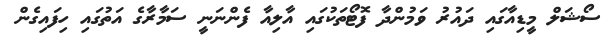
ސޯޝަލް މީޑިއާގައި ދައުރު ވަމުންދާ ފޮޓޯތަކުގައި އާލިއާ ފެންނަނީ ސަމާރާގެ އަތުގައި ހިފައިގެން